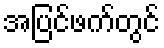
အပြင်ဖက်တွင်